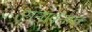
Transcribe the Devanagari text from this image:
रानावनात